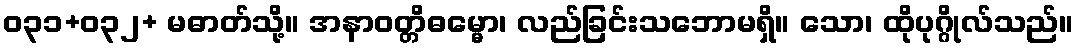
ဝ၃၁+၀၃၂+ မဓာတ်သို့။ အနာဝတ္တိဓမ္မော၊ လည်ခြင်းသဘောမရှိ။ သော၊ ထိုပုဂ္ဂိုလ်သည်။